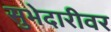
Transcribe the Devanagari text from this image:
सुभेदारीवर